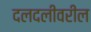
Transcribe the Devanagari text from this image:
दलदलीवरील